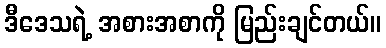
ဒီဒေသရဲ့ အစားအစာကို မြည်းချင်တယ်။